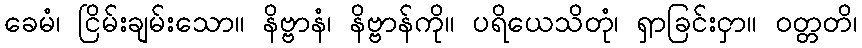
ခေမံ၊ ငြိမ်းချမ်းသော။ နိဗ္ဗာနံ၊ နိဗ္ဗာန်ကို။ ပရိယေသိတုံ၊ ရှာခြင်းငှာ။ ဝတ္တတိ၊